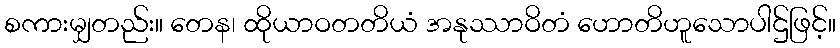
စကားမျှတည်း။ တေန၊ ထိုယာဝတတိယံ အနုဿာဝိတံ ဟောတိဟူသောပါဌ်ဖြင့်။